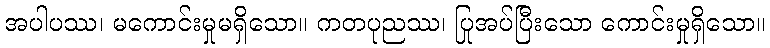
အပါပဿ၊ မကောင်းမှုမရှိသော။ ကတပုညဿ၊ ပြုအပ်ပြီးသော ကောင်းမှုရှိသော။